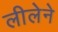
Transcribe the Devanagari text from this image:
लीलेने